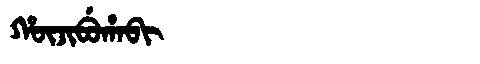
Manchu: ᡥᡡᠵᡳᠪᡠᡥᠠᠪᡳ
Romanization: HŪJIBUHABI